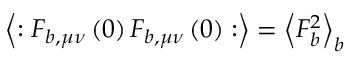
\left\langle : F _ { b , \mu \nu } \left( 0 \right) F _ { b , \mu \nu } \left( 0 \right) : \right\rangle = \left\langle F _ { b } ^ { 2 } \right\rangle _ { b }